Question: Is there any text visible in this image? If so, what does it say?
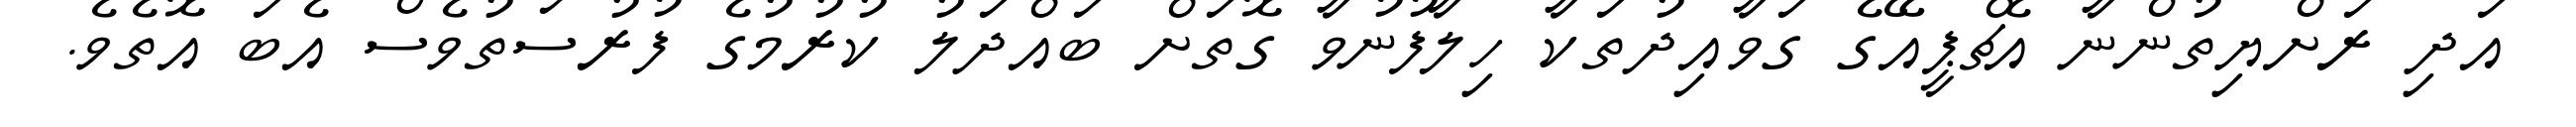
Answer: އަދި ރަށްޔިތުންނާ އެޗްޕީއޭގެ ގަވާއިދުތަކާ ހިލާފުނުވާ ގޮތަށް ބައްދަލު ކުރުމުގެ ފުރުސަތުވެސް އެބަ އޮތެވެ.